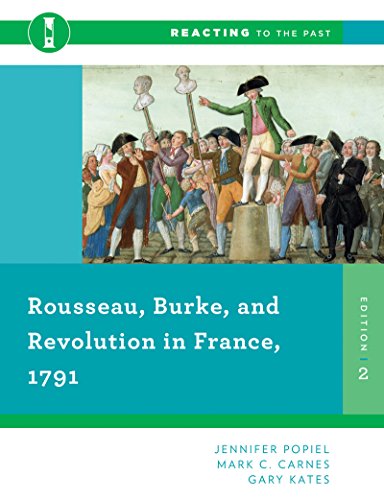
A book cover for Rousseau, Burke, and Revolution in France, 1791 (Second Edition)  (Reacting to the Past); Jennifer Popiel; History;